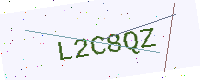
Text: L2C8QZ